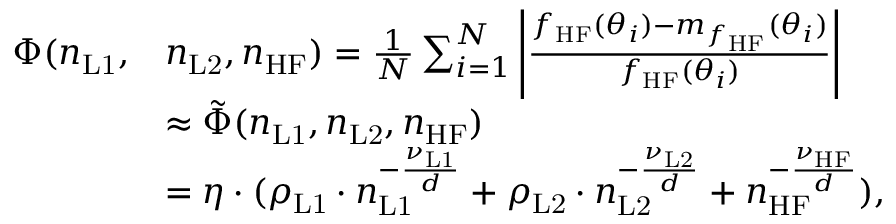
\begin{array} { r l } { \Phi ( n _ { \mathrm { L 1 } } , } & { n _ { \mathrm { L 2 } } , n _ { \mathrm { H F } } ) = \frac { 1 } { N } \sum _ { i = 1 } ^ { N } \left\lvert \frac { f _ { \mathrm { H F } } ( \boldsymbol { \theta } _ { i } ) - m _ { f _ { \mathrm { H F } } } ( \boldsymbol { \theta } _ { i } ) } { f _ { \mathrm { H F } } ( \boldsymbol { \theta } _ { i } ) } \right\rvert } \\ & { \approx \tilde { \Phi } ( n _ { \mathrm { L 1 } } , n _ { \mathrm { L 2 } } , n _ { \mathrm { H F } } ) } \\ & { = \eta \cdot ( \rho _ { \mathrm { L 1 } } \cdot n _ { \mathrm { L 1 } } ^ { - \frac { \nu _ { \mathrm { L 1 } } } { d } } + \rho _ { \mathrm { L 2 } } \cdot n _ { \mathrm { L 2 } } ^ { - \frac { \nu _ { \mathrm { L 2 } } } { d } } + n _ { \mathrm { H F } } ^ { - \frac { \nu _ { \mathrm { H F } } } { d } } ) , } \end{array}